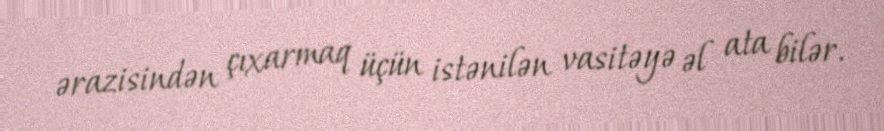
ərazisindən çıxarmaq üçün istənilən vasitəyə əl ata bilər.